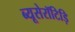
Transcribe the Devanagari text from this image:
ब्यूसेरॉटिड़ि